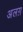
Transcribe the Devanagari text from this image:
अलग़